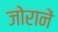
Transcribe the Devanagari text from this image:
जोरानें